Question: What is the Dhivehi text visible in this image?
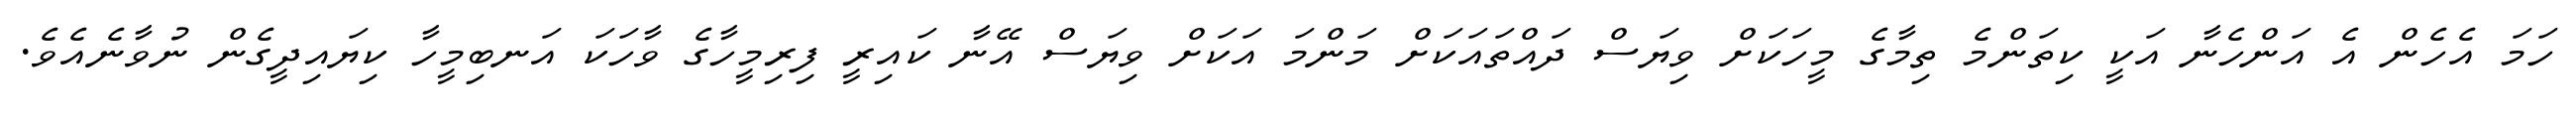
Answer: ހަމަ އެހެން އެ އަންހެނާ އަކީ ކިތަންމެ ތިމާގެ މީހަކަށް ވިޔަސް ދައްތައަކަށް މަންމަ އަކަށް ވިޔަސް އޭނާ ކައިރީ ފިރިމީހާގެ ވާހަކަ އަނބިމީހާ ކިޔައިދީގެން ނުވާނެއެވެ.